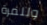
وللمرة